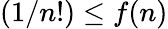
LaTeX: (1/n!)\leq f(n)